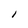
Character: I